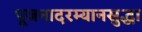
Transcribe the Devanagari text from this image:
पूजनादरम्यानसुद्धा